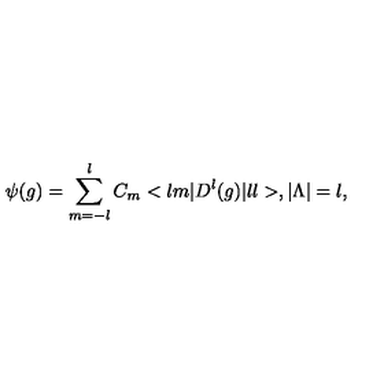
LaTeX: \psi ( g ) = \sum _ { m = - l } ^ { l } C _ { m } < l m | D ^ { l } ( g ) | l l > , | { \Lambda } | = l ,